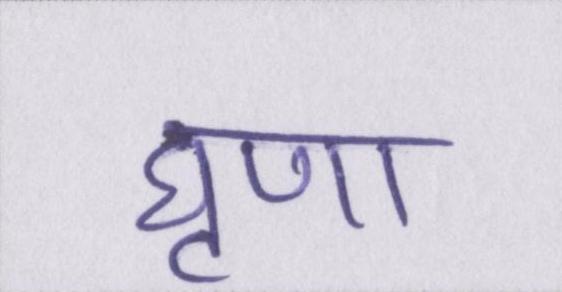
घृणा